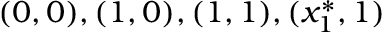
( 0 , 0 ) , ( 1 , 0 ) , ( 1 , 1 ) , ( x _ { 1 } ^ { * } , 1 )